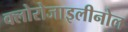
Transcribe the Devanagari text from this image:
क्लोरोजाइलीनोल